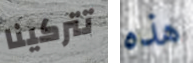
تتركينا هذه